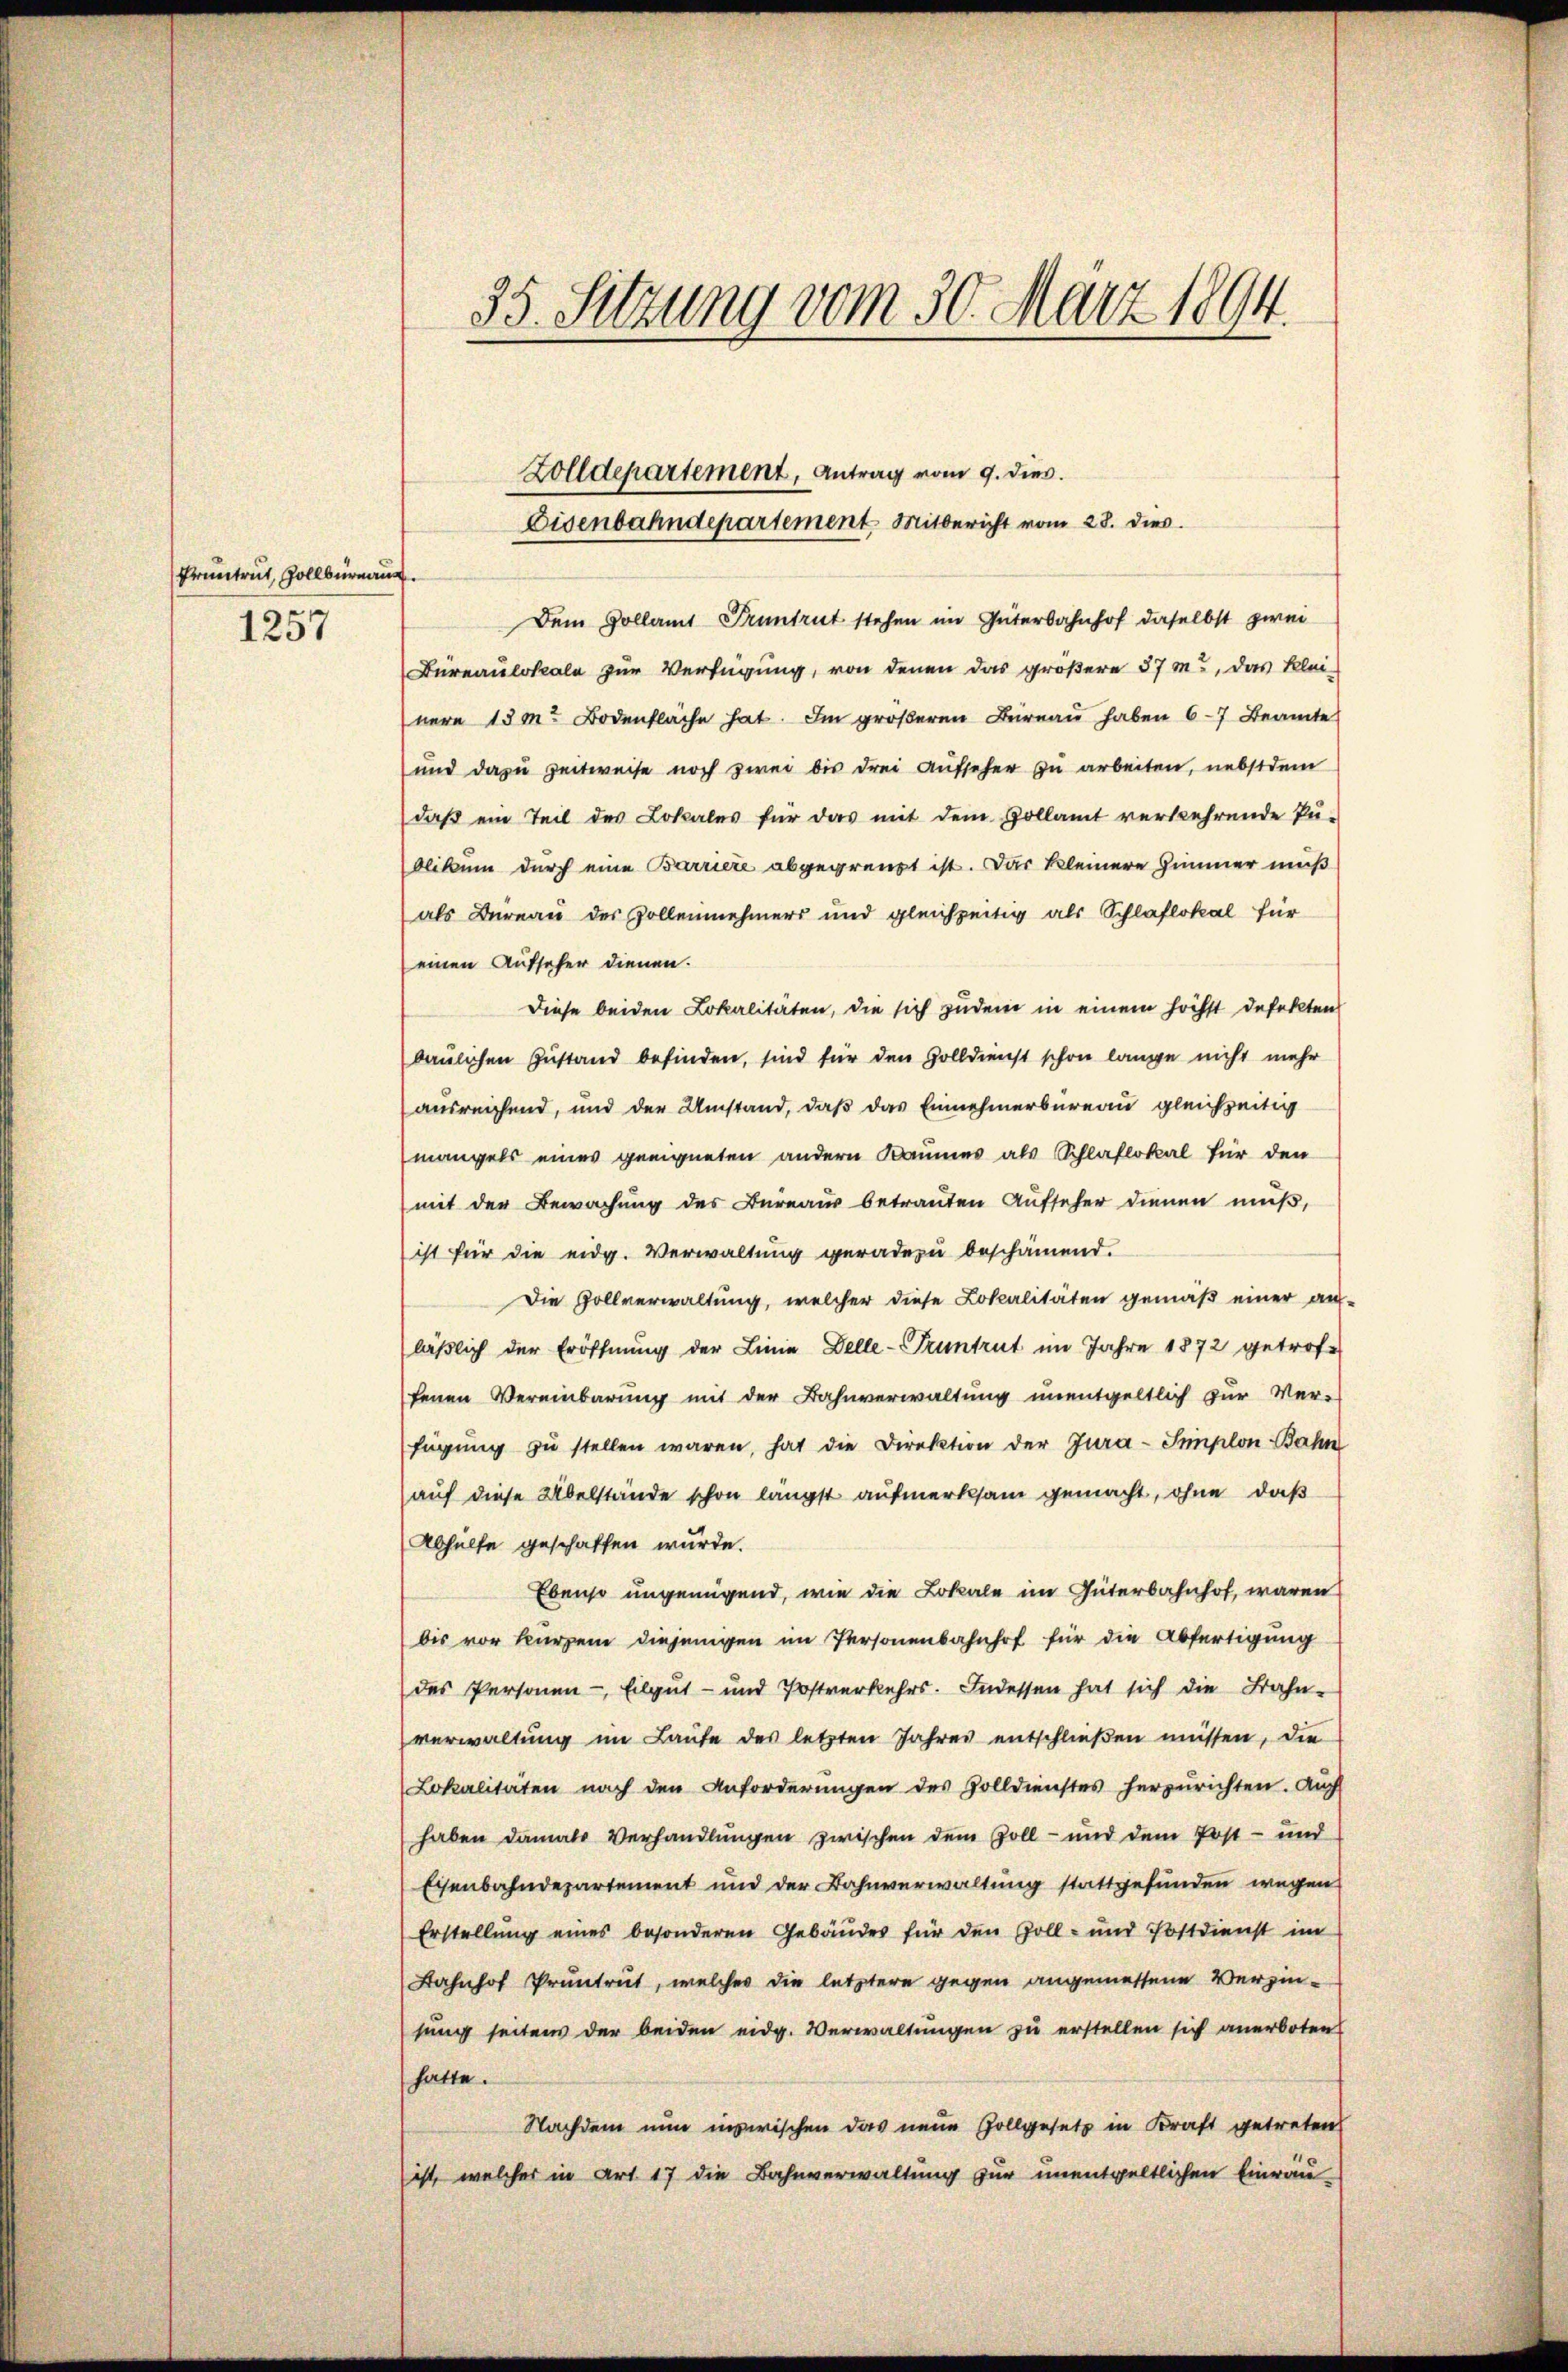
Pruntrut, Zollbüreau
1257

35. Sitzung vom 30. März 1894.

Zolldepartement, Antrag vom 9. dies.
Eisenbahndepartement Mitbericht vom 28. dies
Dem Collamt Pruntrut stehen im Güterbahnhof daselbst zwei
Bureaulokale zur Verfügung, von denen das größere 57 m., das Klei-
nere 13 m. Bodenfläche hat. Im groβeren Büreau haben 6-7 Beamte
und dazu zeitweise noch zwei bis drei Aufseher zu arbeiten, nebstdem
daß ein Teil des Lokales für das mit dem Gollamt verkehrende Pe-
blikum durch eine Barriere abgegrenzt ist. Das kleinere Zimmer muß
als Büreau des Zollennehmers und gleichzeitig als Schlaflokal für
einen Aufseher dienen.
Diese beiden Lokalitäten, die sich zudem in einem höchst defekten
baulichen Zustand befinden, sind für den Zolldienst schon lange nicht mehr
ausreichend, und der Umstand, daß das Einnehmerbüreau gleichzeitig
mangels eines geeigneten andern Baumes als Schlaflokal für den
mit der Bewachung des Bureaus betrauten Aufseher dienen muß,
ist für die eidg. Verwaltung geradezu beschämend.
Die Zollverwaltung, welcher diese Lokalitäten gemäß einer au-
läßlich der Eröffnung der Linie Delle- Pruntrut im Jahre 1872 getrofe
fenen Vereinbarung mit der Bahnverwaltung unentgeltlich zur Ver-
fügung zŭ stellen waren, hat die Direktion der Jura-Simplon Bahn
auf diese Übelstände schon längst aufmerksam gemacht, ohne daß
Abhülfe geschaffen würde.
Ebenso ungenügend, wie die Lokale im Güterbahnhof, waren
bis vor kurzem diejenigen im Personenbahnhof für die Abfertigung
des Personen - Eilgut- und Postverkehrs. Indessen hat sich die Bahn-
verwaltung im Laufe des letzten Jahres entschließen müssen, die
Lokalitäten nach den Anforderŭngen des Zolldienstes herzurichten. Auch
haben damals Verhandlungen zwischen dem Zoll- und dem Post- und
Eisenbahndepartement und der Bahnverwaltŭng stattgefŭnden wegen
Erstellung eines besonderen Gebäudes für den Zoll- und Postdienst im
Bahnhof Pruntrut, welches die letztere gegen angemessene Verzinsung seitens der beiden eidg. Verwaltungen zu erstellen sich anerboten
hatte.
Nachdem nun inzwischen das neue Zollgesetz in Kraft getreten
ist, welcher in Art. 17 die Bahnverwaltung zur unentgeltlichen Einräu¬